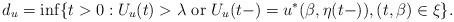
LaTeX: \begin{align*}d_u=\inf\{t>0:U_u(t)>\lambda\mbox{\rm \ or }U_u(t-)=u^{*}(\beta ,\eta (t-)),(t,\beta )\in\xi \}.\end{align*}